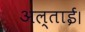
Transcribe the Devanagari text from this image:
अल्ताई।